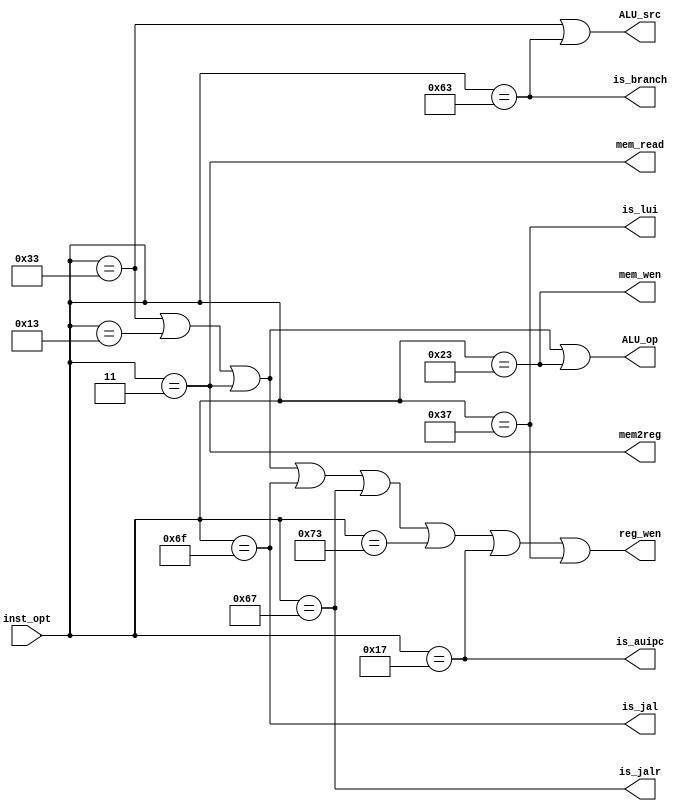
`timescale 1ns / 1ps
//////////////////////////////////////////////////////////////////////////////////
// Company: 
// Engineer: 
// 
// Design Name: 
// Module Name: CPU_Ctrl
// Project Name: 
// Target Devices: 
// Tool Versions: 
// Description: 
// 
// Dependencies: 
// 
// Revision:
// Revision 0.01 - File Created
// Additional Comments:
// 
//////////////////////////////////////////////////////////////////////////////////

`define BR      7'b1100011
`define LOAD    7'b0000011
`define SAVE    7'b0100011
`define AR      7'b0110011
`define AI      7'b0010011 
`define J       7'b1101111
`define Jr      7'b1100111
`define Lui     7'b0110111
`define Au      7'b0010111
`define Csr     7'b1110011  

module CPU_Ctrl(
    inst_opt,
    is_branch,
    mem_read,
    mem2reg,
    ALU_op,
    mem_wen,
    ALU_src,
    reg_wen,
    is_jal,
    is_jalr,
    is_lui,
    is_auipc
    );


    input [6:0] inst_opt;
    output is_branch; //
    output mem_read; //
    output mem2reg; 
    output ALU_op;
    output mem_wen; //
    output ALU_src;
    output reg_wen;
    output is_jal;
    output is_jalr;
    output is_lui;
    output is_auipc;
  

    assign ALU_op       = (inst_opt == `AR) | (inst_opt == `AI) | (inst_opt == `LOAD) | (inst_opt == `SAVE);
    assign ALU_src      = (inst_opt == `AR) | (inst_opt == `BR);
    
    assign mem_read     = inst_opt == `LOAD;
    assign mem_wen      = inst_opt == `SAVE;
    assign mem2reg      = inst_opt == `LOAD;

    assign reg_wen      = (inst_opt == `AR | inst_opt == `AI | inst_opt == `LOAD | inst_opt == 7'b1101111 | inst_opt == 7'b1100111 | inst_opt == `Csr | inst_opt == `Au | inst_opt == `Lui);

    assign is_branch    = inst_opt == `BR;
    assign is_jal       = inst_opt == 7'b1101111;
    assign is_jalr      = inst_opt == 7'b1100111;
    assign is_lui       = inst_opt == `Lui;
    assign is_auipc     = inst_opt == `Au;
    

    
    


endmodule